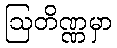
ဩတိဏ္ဏမှာ